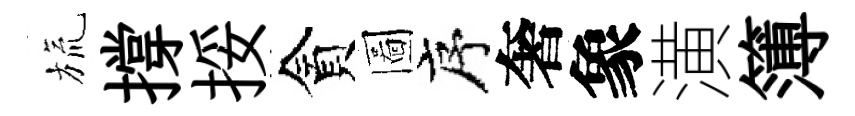
旒撐挼貪圖序奢象潢簿